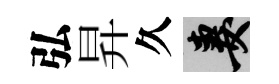
弘昇久妻